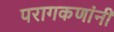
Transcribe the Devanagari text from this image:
परागकणांनी